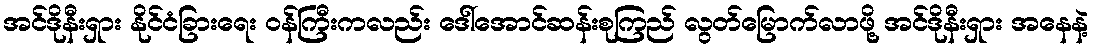
အင်ဒိုနီးရှား နိုင်ငံခြားရေး ဝန်ကြီးကလည်း ဒေါ်အောင်ဆန်းစုကြည် လွတ်မြောက်လာဖို့ အင်ဒိုနီးရှား အနေနဲ့